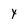
Character: 4